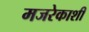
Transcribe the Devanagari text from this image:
मजरेकाशी